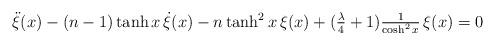
LaTeX: \begin{align*}\small \ddot{ \xi } ( x ) - ( n - 1 ) \tanh x \, \dot{ \xi } ( x ) - n \tanh^2 x \, \xi ( x ) + ( \tfrac{ \lambda }{ 4 } + 1 ) \tfrac{ 1 }{ \cosh^2 x } \, \xi ( x ) = 0\end{align*}